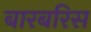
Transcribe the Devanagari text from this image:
बारबरिस